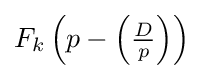
F_{k}\left(p-\left({\tfrac {D}{p}}\right)\right)